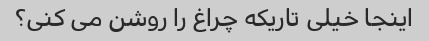
اینجا خیلی تاریکه چراغ را روشن می کنی؟